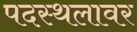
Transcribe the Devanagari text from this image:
पदस्थलावर